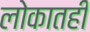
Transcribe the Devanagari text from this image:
लोकातही